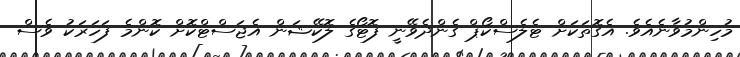
މުހިންމުވާނެއެވެ. އެގޮތަކަށް ޓެލެސްކޯޕް ގެންދެވޭނީ ފޮޓޯގެ ލޮކޭޝަން އެޖަސްޓްކޮށް ކޮންމެ ފަހަރަކު ވެސް